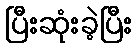
ပြီးဆုံးခဲ့ပြီး